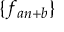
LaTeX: \{ f _ { a n + b } \}